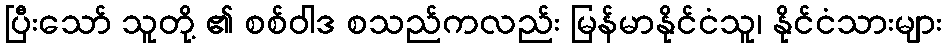
ပြီးသော် သူတို့ ၏ စစ်ဝါဒ စသည်ကလည်း မြန်မာနိုင်ငံသူ၊ နိုင်ငံသားများ